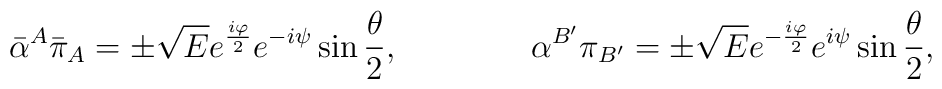
{\bar \alpha}^{A}{\bar \pi}_{A} =\pm {\sqrt E} e^{{i\varphi \over 2}}e^{-i\psi}\sin{\theta \over 2},\qquad  \qquad\alpha^{B^\prime}\pi_{B^\prime}=\pm {\sqrt E} e^{-{i\varphi \over 2}}e^{i\psi}\sin{\theta \over 2},